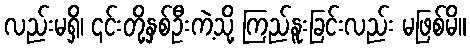
လည်းမရှိ၊ ၎င်းတို့နှစ်ဦးကဲ့သို့ ကြည်နူးခြင်းလည်း မဖြစ်မိ။